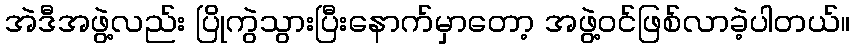
အဲဒီအဖွဲ့လည်း ပြိုကွဲသွားပြီးနောက်မှာတော့ အဖွဲ့ဝင်ဖြစ်လာခဲ့ပါတယ်။